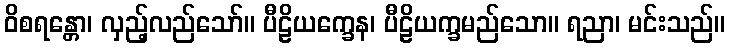
ဝိစရန္တော၊ လှည့်လည်သော်။ ပီဠိယက္ခေန၊ ပီဠိယက္ခမည်သော။ ရညာ၊ မင်းသည်။